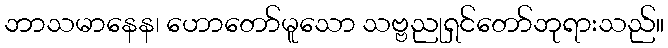
ဘာသမာနေန၊ ဟောတော်မူသော သဗ္ဗညုရှင်တော်ဘုရားသည်။